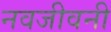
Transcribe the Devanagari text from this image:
नवजीवनी